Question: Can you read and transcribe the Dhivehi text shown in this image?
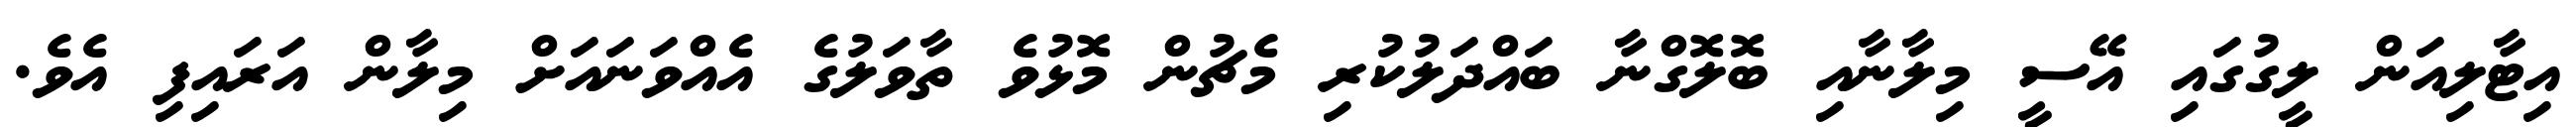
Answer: އިޓާލިއަން ލީގުގައި އޭސީ މިލާނާއި ބޮލޮގްނާ ބައްދަލުކުރި މެޗުން މޮޅުވެ ތާވަލުގެ އެއްވަނައަށް މިލާން އަރައިފި އެވެ.